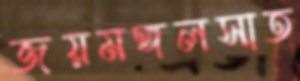
জয়মঙ্গলসাত